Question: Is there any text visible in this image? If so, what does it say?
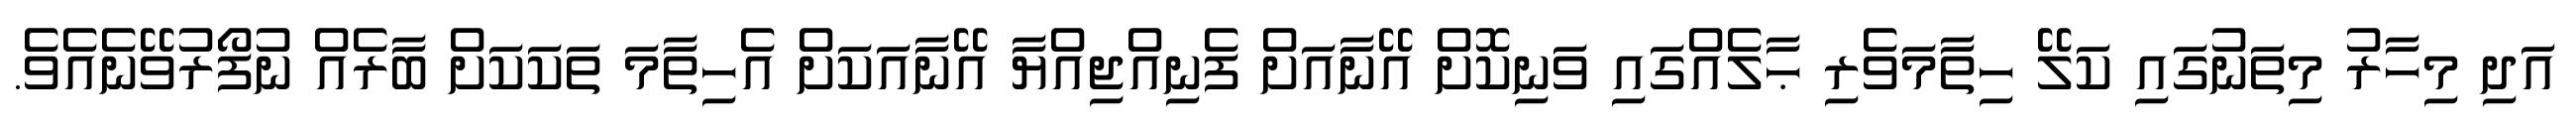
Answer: އަދި މިހާރު މިތަނުގައި ކަލޭ ހިތާމަވެރި ޙާލެއްގައި ވަނިކޮށް އޭނާއަށް ފެނިއްޖިއްޔާ އޭނާއަކަށް އެހިތާމަ ތަކަކަށް ބާރެއް ނުފޯރުވޭނެއެވެ.